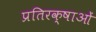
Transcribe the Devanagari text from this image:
प्रतिरक्षाओं